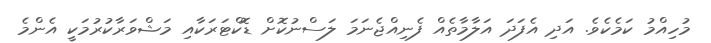
މުހިއްމު ކަމެކެވެ. އަދި އެފަދަ އަލާމާތެއް ފެނިއްޖެނަމަ ލަސްނުކޮށް ޑޮކްޓަރަކާއި މަޝްވަރާކުރުމަކީ އެންމެ